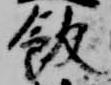
飯